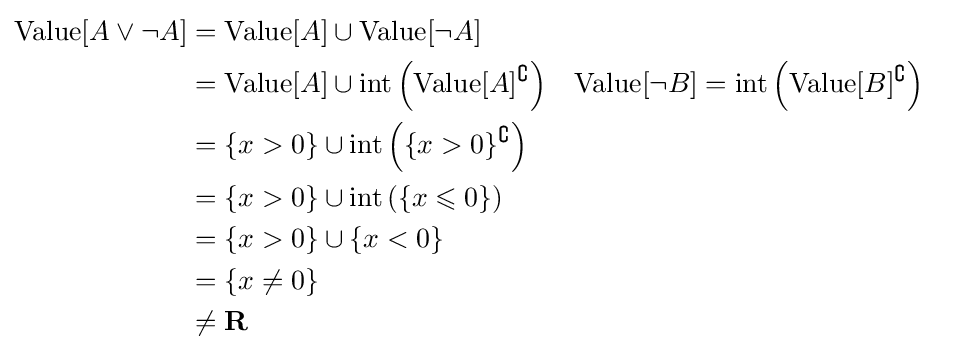
{\begin{aligned}{\text{Value}}[A\lor \neg A]&={\text{Value}}[A]\cup {\text{Value}}[\neg A]\\&={\text{Value}}[A]\cup {\text{int}}\left({\text{Value}}[A]^{\complement }\right)&&{\text{Value}}[\neg B]={\text{int}}\left({\text{Value}}[B]^{\complement }\right)\\&=\{x>0\}\cup {\text{int}}\left(\{x>0\}^{\complement }\right)\\&=\{x>0\}\cup {\text{int}}\left(\{x\leqslant 0\}\right)\\&=\{x>0\}\cup \{x<0\}\\&=\{x\neq 0\}\\&\neq \mathbf {R} \end{aligned}}